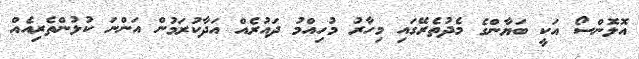
އޮލޮންސޯ އަކީ ބަޔާންގެ މެދުތެރޭގައި މިހާރު މުހިއްމު ދައުރެއް އަދާކުރަމުން އަންނަ ކުޅުންތެރިއެއް